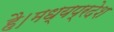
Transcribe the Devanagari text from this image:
है।मध्यप्रदेश